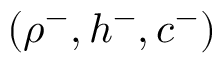
( \rho ^ { - } , h ^ { - } , c ^ { - } )